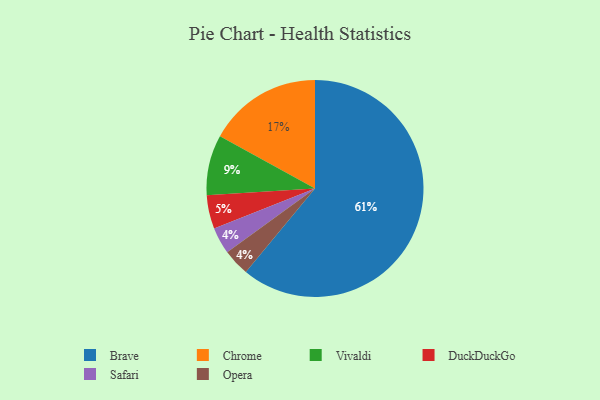
{"axis": {"x": "Category", "y": "Percentage"}, "legend": ["Brave", "Chrome", "DuckDuckGo", "Opera", "Safari", "Vivaldi"], "data": [{"x": "Vivaldi", "y": 9, "type": "Vivaldi"}, {"x": "Brave", "y": 61, "type": "Brave"}, {"x": "DuckDuckGo", "y": 5, "type": "DuckDuckGo"}, {"x": "Safari", "y": 4, "type": "Safari"}, {"x": "Opera", "y": 4, "type": "Opera"}, {"x": "Chrome", "y": 17, "type": "Chrome"}]}